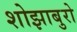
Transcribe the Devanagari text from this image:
शोझाबुरो